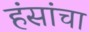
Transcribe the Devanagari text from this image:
हंसांचा